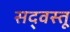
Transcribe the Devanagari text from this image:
सद्‌वस्तू